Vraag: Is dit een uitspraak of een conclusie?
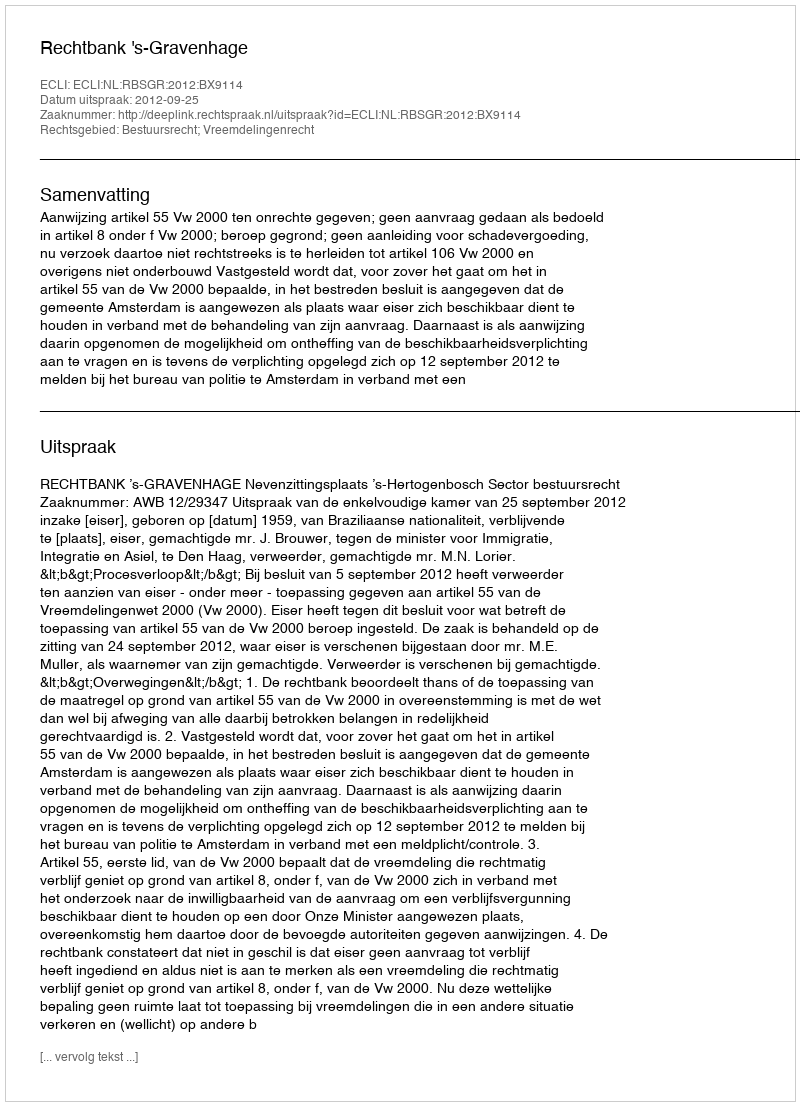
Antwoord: Uitspraak